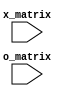
module xo_painter_vga(
    input [8:0] x_matrix,
    input [8:0] o_matrix
    );
	 
	localparam X_O_SEPARATION = 1;
	localparam X_O_LOCATION_Y = 6;
	
	
	reg  [6:0] char_addr_xo1 = 0;
	
   assign row_addr_xo1 = pix_y[5:2];
   assign bit_addr_xo1 = pix_x[4:2];
	assign xo0_on = (pix_y[9:6]== X_O_LOCATION ) && (pix_x[9:5]==6);
	assign xo1_on = (pix_y[9:6]== X_O_LOCATION ) && (pix_x[9:5]==8);
	assign xo2_on = (pix_y[9:6]== X_O_LOCATION ) && (pix_x[9:5]==10);
	assign xo3_on = (pix_y[9:6]== X_O_LOCATION + X_O_SEPARATION) && (pix_x[9:5]==6);
	assign xo4_on = (pix_y[9:6]== X_O_LOCATION + X_O_SEPARATION ) && (pix_x[9:5]==8);
	assign xo5_on = (pix_y[9:6]== X_O_LOCATION + X_O_SEPARATION ) && (pix_x[9:5]==10);
	assign xo6_on = (pix_y[9:6]== X_O_LOCATION + 2*X_O_SEPARATION ) && (pix_x[9:5]==6);
	assign xo7_on = (pix_y[9:6]== X_O_LOCATION + 2*X_O_SEPARATION ) && (pix_x[9:5]==8);
	assign xo8_on = (pix_y[9:6]== X_O_LOCATION + 2*X_O_SEPARATION ) && (pix_x[9:5]==10);
   always @*
	begin
		char_addr_xo1 = 7'h58;
	end		 
	
	
	always @*
		begin //Para sincronizar con el pixy evitar indeseados erroes
			if(pixel_tick)
				begin
					text_rgb = 3'b000;  
					if(xo8_on || xo7_on || xo6_on || xo5_on || xo4_on || xo3_on || xo2_on || xo1_on || xo0_on)
						begin
							char_addr = char_addr_xo1;
							row_addr = row_addr_xo1;
							bit_addr = bit_addr_xo1;		
							if(font_bit)
								text_rgb = WHITE;	
							else 
								text_rgb = BLACK;	
						end	
				end
		end

endmodule